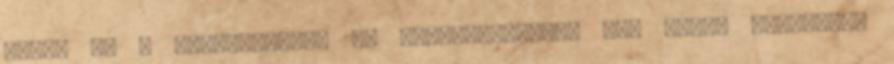
verte ki a biztosítékot az ausztráloknál? Egy olyan játékbeli